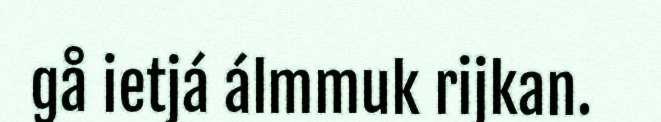
gå ietjá álmmuk rijkan.